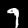
Digit: 9